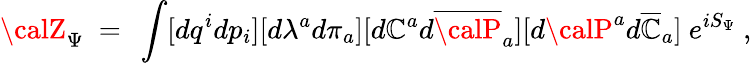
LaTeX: {\calZ}_{\Psi}~=~\int[dq^{i}dp_{i}][d\lambda^{a}d\pi_{a}][d{\cal\mathbb{C}}^{a}d{\overline{{{{\calP}}}}}_{a}][d{\calP}^{a}d{\overline{{{{\cal\mathbb{C}}}}}}_{a}]~e^{iS_{\Psi}}~,